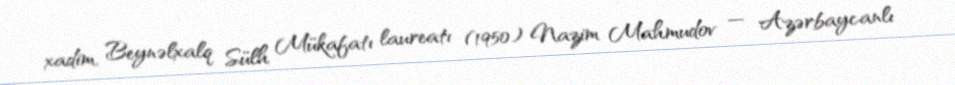
xadim, Beynəlxalq Sülh Mükafatı laureatı (1950) Nazim Mahmudov — Azərbaycanlı